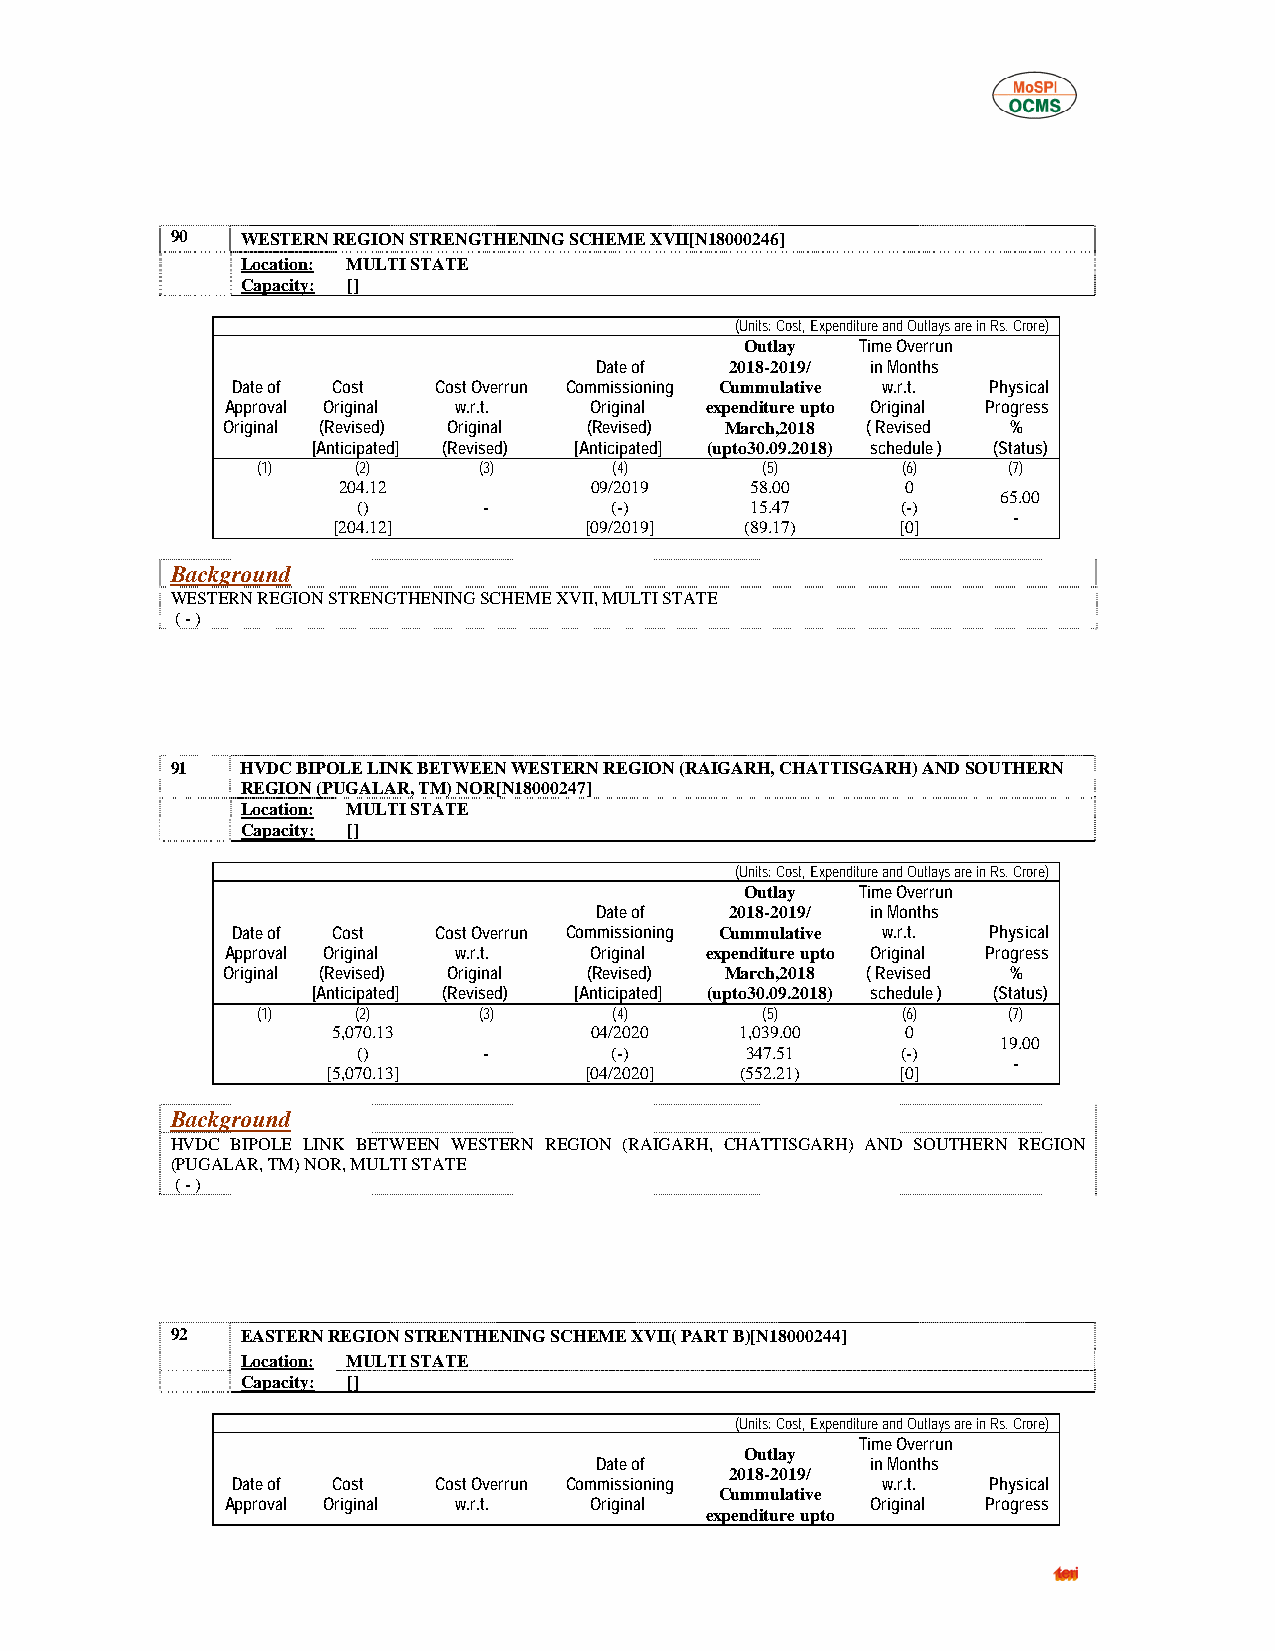
90   WESTERN REGION STRENGTHENING SCHEME XVII[N18000246]
 Location: MULTI STATE
 Capacity: []
 (Units: Cost, Expenditure and Outlays are in Rs. Crore)
 Outlay  Time Overrun
 Date of  2018-2019/ in Months
 Date of Cost  Cost Overrun Commissioning Cummulative w.r.t. Physical
 Approval Original w.r.t. Original expenditure upto Original Progress
 Original (Revised) Original (Revised) March,2018 ( Revised %
 [Anticipated] (Revised) [Anticipated] (upto30.09.2018) schedule ) (Status)
 (1)    (2)     (3)      (4)      (5)       (6)    (7)
 204.12           09/2019    58.00     0
 65.00
 ()      -       (-)       15.47     (-)
 -
 [204.12]         [09/2019] (89.17)    [0]
 Background
 WESTERN REGION STRENGTHENING SCHEME XVII, MULTI STATE
 ( - )
 91   HVDC BIPOLE LINK BETWEEN WESTERN REGION (RAIGARH, CHATTISGARH) AND SOUTHERN
 REGION (PUGALAR, TM) NOR[N18000247]
 Location: MULTI STATE
 Capacity: []
 (Units: Cost, Expenditure and Outlays are in Rs. Crore)
 Outlay  Time Overrun
 Date of  2018-2019/ in Months
 Date of Cost  Cost Overrun Commissioning Cummulative w.r.t. Physical
 Approval Original w.r.t. Original expenditure upto Original Progress
 Original (Revised) Original (Revised) March,2018 ( Revised %
 [Anticipated] (Revised) [Anticipated] (upto30.09.2018) schedule ) (Status)
 (1)    (2)     (3)      (4)      (5)       (6)    (7)
 5,070.13         04/2020   1,039.00   0
 19.00
 ()      -       (-)      347.51     (-)
 -
 [5,070.13]       [04/2020] (552.21)   [0]
 Background
 HVDC BIPOLE LINK BETWEEN WESTERN REGION (RAIGARH, CHATTISGARH) AND SOUTHERN REGION
 (PUGALAR, TM) NOR, MULTI STATE
 ( - )
 92   EASTERN REGION STRENTHENING SCHEME XVII( PART B)[N18000244]
 Location: MULTI STATE
 Capacity: []
 (Units: Cost, Expenditure and Outlays are in Rs. Crore)
 Time Overrun
 Outlay
 Date of            in Months
 2018-2019/
 Date of Cost  Cost Overrun Commissioning   w.r.t.  Physical
 Cummulative
 Approval Original w.r.t. Original          Original Progress
 expenditure upto